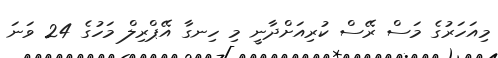
މިއަހަރުގެ މަސް ރޭސް ކުރިއަށްދާނީ މި ހިނގާ އޭޕްރިލް މަހުގެ 24 ވަނަ